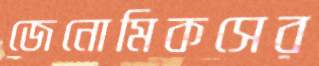
জেনোমিকসের